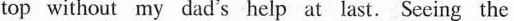
top without my dad's help at last. Seeing the